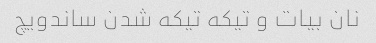
نان بیات و‌ تیکه تیکه شدن ساندویچ